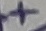
Text: +